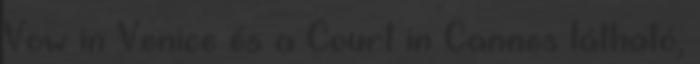
Vow in Venice és a Court in Cannes látható,